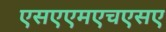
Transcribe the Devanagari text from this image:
एसएएमएचएसए